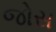
જોસ